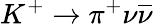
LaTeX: K^{+}\rightarrow\pi^{+}\nu{\overline{{\nu}}}